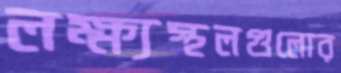
লক্ষ্যস্থলগুলোর